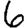
Digit: 6